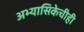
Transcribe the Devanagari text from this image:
अभ्यासिकेचीही